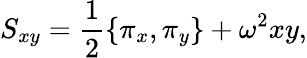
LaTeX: S_{xy}=\frac{1}{2}\{ \pi_{x},\pi_{y}\} +\omega^{2}xy,